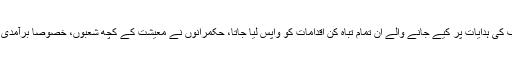
بجائے اس کے کہ آئی ایم ایف کی ہدایات پر کیے جانے والے ان تمام تباہ کن اقدامات کو واپس لیا جاتا، حکمرانوں نے معیشت کے کچھ شعبوں، خصوصاً برآمدی شعبے، کو چند مراعات دیں۔